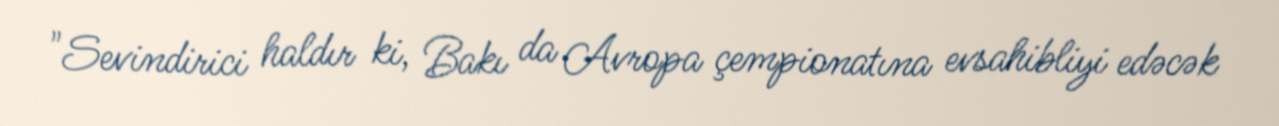
"Sevindirici haldır ki, Bakı da Avropa çempionatına evsahibliyi edəcək